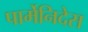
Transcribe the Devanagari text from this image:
पार्मेनिदेस